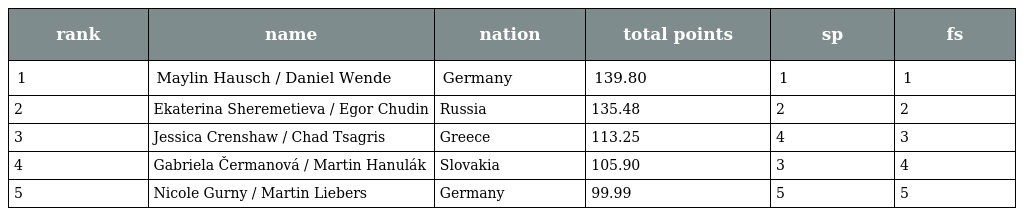
| rank | name | nation | total points | sp | fs |
 | --- | --- | --- | --- | --- | --- |
 | 1 | Maylin Hausch / Daniel Wende | Germany | 139.80 | 1 | 1 |
 | 2 | Ekaterina Sheremetieva / Egor Chudin | Russia | 135.48 | 2 | 2 |
 | 3 | Jessica Crenshaw / Chad Tsagris | Greece | 113.25 | 4 | 3 |
 | 4 | Gabriela Čermanová / Martin Hanulák | Slovakia | 105.90 | 3 | 4 |
 | 5 | Nicole Gurny / Martin Liebers | Germany | 99.99 | 5 | 5 |